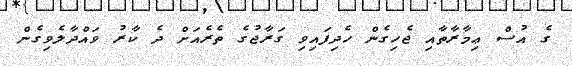
ގެ އުސް ޢިމާރާތާއި ޖެހިގެން ހެދިފައިވި ގަރާޖުގެ ތެރެއަށް ދެ ކާރު ވައްދާލެވިގެން